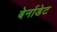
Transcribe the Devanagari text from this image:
बेर्नाडेट